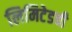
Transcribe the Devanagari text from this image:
लिमिटेडची